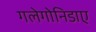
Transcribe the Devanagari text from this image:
गलेगोनिडाए